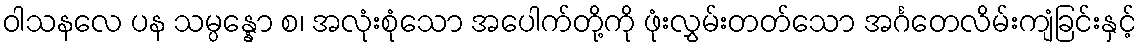
ဝါသနလေ ပန သမ္ပန္နော စ၊ အလုံးစုံသော အပေါက်တို့ကို ဖုံးလွှမ်းတတ်သော အင်္ဂတေလိမ်းကျံခြင်းနှင့်